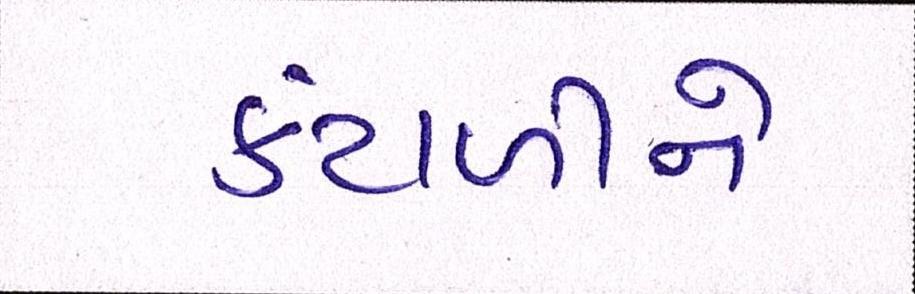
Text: કંટાળીને